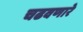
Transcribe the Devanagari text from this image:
चढवणारे